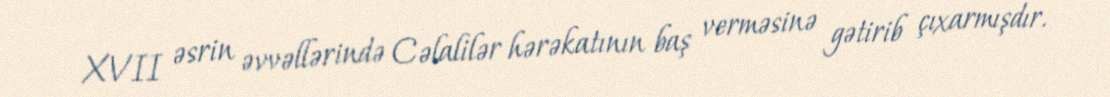
XVII əsrin əvvəllərində Cəlalilər hərəkatının baş verməsinə gətirib çıxarmışdır.